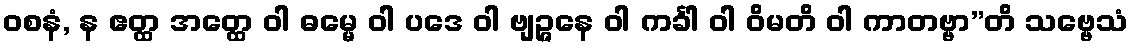
ဝစနံ, န ဧတ္ထ အတ္ထေ ဝါ ဓမ္မေ ဝါ ပဒေ ဝါ ဗျဉ္ဇနေ ဝါ ကင်္ခါ ဝါ ဝိမတိ ဝါ ကာတဗ္ဗာ”တိ သဗ္ဗေသံ